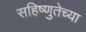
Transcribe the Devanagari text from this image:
सहिष्णुतेच्या